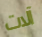
آلات